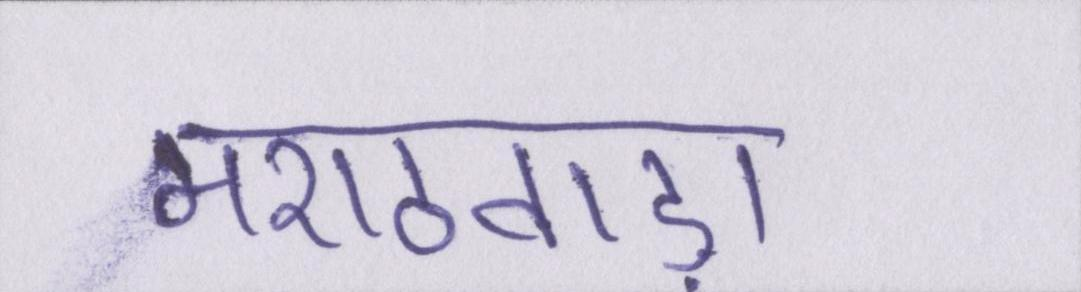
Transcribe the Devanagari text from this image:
मराठवाड़ा